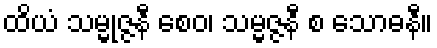
ထိယံ သမ္မုဇ္ဇနီ စေဝ၊ သမ္မဇ္ဇနီ စ သောဓနီ။